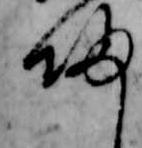
帰